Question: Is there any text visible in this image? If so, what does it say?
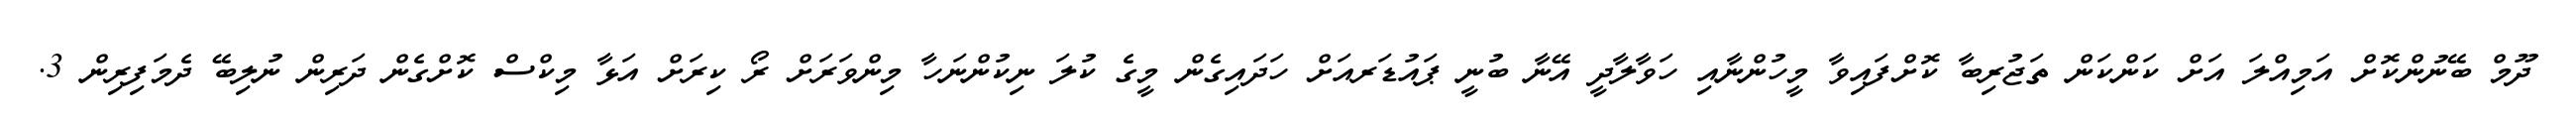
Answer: ދޫމް ބޭނުންކޮށް އަމިއްލަ އަށް ކަންކަން ތަޖުރިބާ ކޮށްފައިވާ މީހުންނާއި ހަވާލާދީ އޭނާ ބުނީ ޕައުޑަރއަށް ހަދައިގެން މީގެ ކުލަ ނިކުންނަހާ މިންވަރަށް ރޯ ކިރަށް އަޅާ މިކްސް ކޮށްގެން ދަރިން ނުލިބޭ ދެމަފިރިން 3.